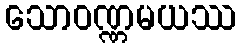
သောဝဏ္ဏမယဿ